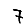
Digit: 7